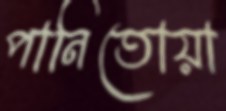
পানিতোয়া